Civil Veterinary Department. Madras. Admin. report 1926-33 - 1926-1933
Year: 1926
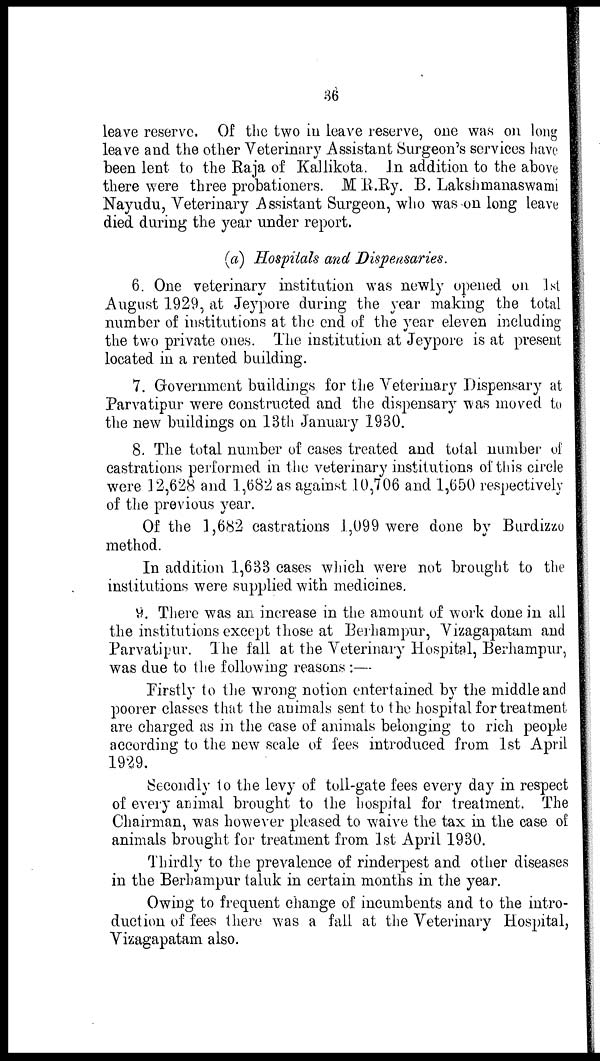
36
leave reserve. Of the two in leave reserve, one was on long
leave and the other Veterinary Assistant Surgeon's services have
been lent to the Raja of Kallikota. In addition to the above
there were three probationers. M R.Ry. B. Lakshmanaswami
Nayudu, Veterinary Assistant Surgeon, who was on long leave
died during the year under report.
(a) Hospitals and Dispensaries.
6. One veterinary institution was newly opened on 1st
August 1929, at Jeypore during the year making the total
number of institutions at the end of the year eleven including
the two private ones. The institution at Jeypore is at present
located in a rented building.
7. Government buildings for the Veterinary Dispensary at
Parvatipur were constructed and the dispensary was moved to
the new buildings on 13th January 1930.
8. The total number of cases treated and total number of
castrations performed in the veterinary institutions of this circle
were 12,628 and 1,682 as against 10,706 and 1,650 respectively
of the previous year.
Of the 1,682 castrations 1,099 were done by Burdizzo
method.
In addition 1,633 cases which were not brought to the
institutions were supplied with medicines.
9. There was an increase in the amount of work done in all
the institutions except those at Berhampur, Vizagapatam and
Parvatipur. The fall at the Veterinary Hospital, Berhampur,
was due to the following reasons :—
Firstly to the wrong notion entertained by the middle and
poorer classes that the animals sent to the hospital for treatment
are charged as in the case of animals belonging to rich people
according to the new scale of fees introduced from 1st April
1929.
Secondly to the levy of toll-gate fees every day in respect
of every animal brought to the hospital for treatment. The
Chairman, was however pleased to waive the tax in the case of
animals brought for treatment from 1st April 1930.
Thirdly to the prevalence of rinderpest and other diseases
in the Berhampur taluk in certain months in the year.
Owing to frequent change of incumbents and to the intro-
duction of fees there was a fall at the Veterinary Hospital,
Vizagapatam also.